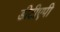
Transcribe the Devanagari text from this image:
डीटीएपी